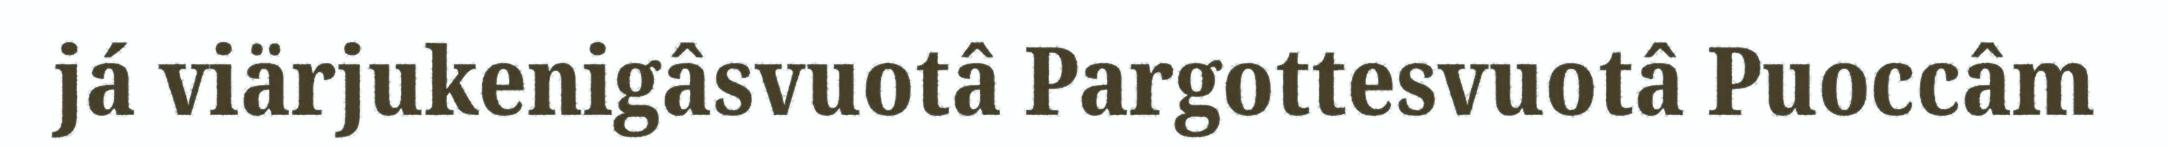
já viärjukenigâsvuotâ Pargottesvuotâ Puoccâm